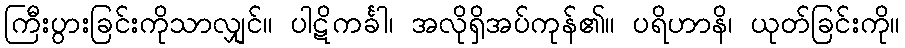
ကြီးပွားခြင်းကိုသာလျှင်။ ပါဋိကင်္ခါ၊ အလိုရှိအပ်ကုန်၏။ ပရိဟာနိ၊ ယုတ်ခြင်းကို။